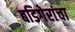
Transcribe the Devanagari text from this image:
बडिगेरांचा